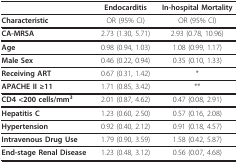
<table><thead><tr><td></td><td><b>Endocarditis</b></td><td><b>In-hospital Mortality</b></td></tr></thead><tbody><tr><td><b>Characteristic</b></td><td>OR (95% CI)</td><td>OR (95% CI)</td></tr><tr><td><b>CA-MRSA</b></td><td>2.73 (1.30, 5.71)</td><td>2.93 (0.78, 10.96)</td></tr><tr><td><b>Age</b></td><td>0.98 (0.94, 1.03)</td><td>1.08 (0.99, 1.17)</td></tr><tr><td><b>Male Sex</b></td><td>0.46 (0.22, 0.94)</td><td>0.35 (0.10, 1.33)</td></tr><tr><td><b>Receiving ART</b></td><td>0.67 (0.31, 1.42)</td><td>*</td></tr><tr><td><b>APACHE II ≥11</b></td><td>1.71 (0.85, 3.42)</td><td>**</td></tr><tr><td><b>CD4 &lt;200 cells/mm<sup>3</sup></b></td><td>2.01 (0.87, 4.62)</td><td>0.47 (0.08, 2.91)</td></tr><tr><td><b>Hepatitis C</b></td><td>1.23 (0.60, 2.50)</td><td>0.57 (0.16, 2.08)</td></tr><tr><td><b>Hypertension</b></td><td>0.92 (0.40, 2.12)</td><td>0.91 (0.18, 4.57)</td></tr><tr><td><b>Intravenous Drug Use</b></td><td>1.79 (0.90, 3.59)</td><td>1.58 (0.42, 5.87)</td></tr><tr><td><b>End-stage Renal Disease</b></td><td>1.23 (0.48, 3.12)</td><td>0.56 (0.07, 4.68)</td></tr></tbody></table>